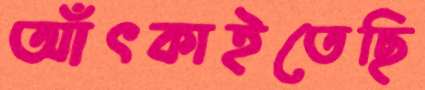
আঁৎকাইতেছি